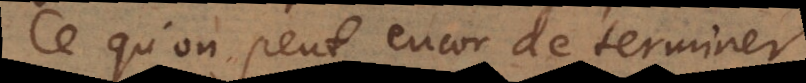
Ce qu’on peut encor determiner